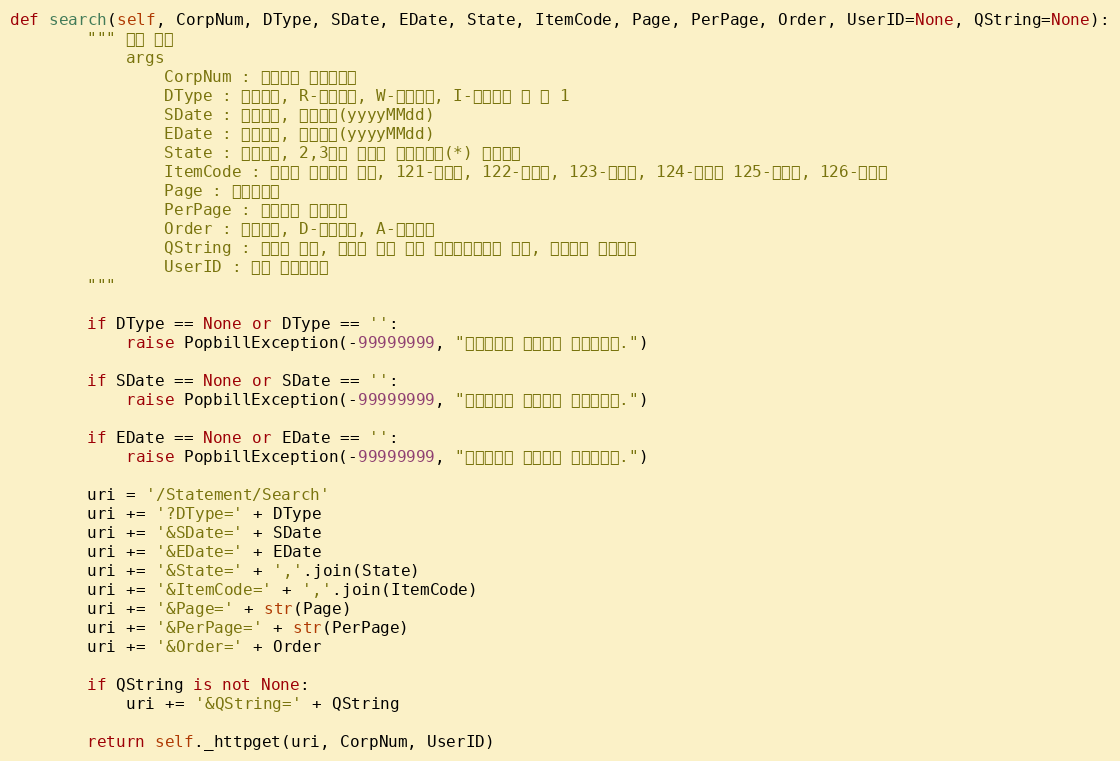
Language: Python
def search(self, CorpNum, DType, SDate, EDate, State, ItemCode, Page, PerPage, Order, UserID=None, QString=None):
        """ 목록 조회
            args
                CorpNum : 팝빌회원 사업자번호
                DType : 일자유형, R-등록일시, W-작성일자, I-발행일시 중 택 1
                SDate : 시작일자, 표시형식(yyyyMMdd)
                EDate : 종료일자, 표시형식(yyyyMMdd)
                State : 상태코드, 2,3번째 자리에 와일드카드(*) 사용가능
                ItemCode : 명세서 종류코드 배열, 121-명세서, 122-청구서, 123-견적서, 124-발주서 125-입금표, 126-영수증
                Page : 페이지번호
                PerPage : 페이지당 목록개수
                Order : 정렬방향, D-내림차순, A-오름차순
                QString : 거래처 정보, 거래처 상호 또는 사업자등록번호 기재, 미기재시 전체조회
                UserID : 팝빌 회원아이디
        """

        if DType == None or DType == '':
            raise PopbillException(-99999999, "일자유형이 입력되지 않았습니다.")

        if SDate == None or SDate == '':
            raise PopbillException(-99999999, "시작일자가 입력되지 않았습니다.")

        if EDate == None or EDate == '':
            raise PopbillException(-99999999, "종료일자가 입력되지 않았습니다.")

        uri = '/Statement/Search'
        uri += '?DType=' + DType
        uri += '&SDate=' + SDate
        uri += '&EDate=' + EDate
        uri += '&State=' + ','.join(State)
        uri += '&ItemCode=' + ','.join(ItemCode)
        uri += '&Page=' + str(Page)
        uri += '&PerPage=' + str(PerPage)
        uri += '&Order=' + Order

        if QString is not None:
            uri += '&QString=' + QString

        return self._httpget(uri, CorpNum, UserID)